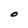
Character: O